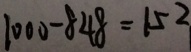
1 0 0 0 - 8 4 8 = 1 5 2